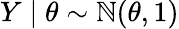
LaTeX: Y\mid\theta\sim\mathbb{N}(\theta,1)